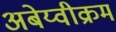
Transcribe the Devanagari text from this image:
अबेय्वीक्रम